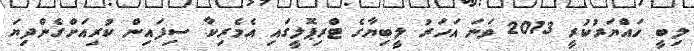
ލިބީ ހައްޔަރުކުރީ 2013 ވަނަ އަހަރު ލީބިޔާގެ ޓްރިޕޮލީގައި އެމެރިކާ ސިފައިން ކުރިއަށްގެންދިޔަ